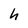
Character: h